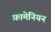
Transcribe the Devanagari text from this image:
फ़ामेनियन